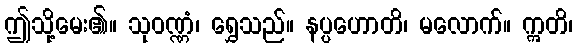
ဤသို့မေး၏။ သုဝဏ္ဏံ၊ ရွှေသည်။ နပ္ပဟောတိ၊ မလောက်။ ဣတိ၊